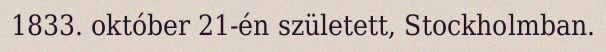
1833. október 21-én született, Stockholmban.